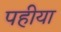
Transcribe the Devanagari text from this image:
पहीया